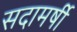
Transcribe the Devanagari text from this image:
सदामर्षी